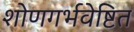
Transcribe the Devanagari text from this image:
शोणगर्भवेष्टित